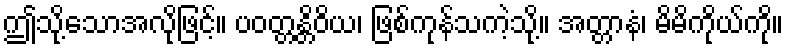
ဤသို့သောအလိုဖြင့်။ ပဝတ္တန္တိဝိယ၊ ဖြစ်ကုန်သကဲ့သို့။ အတ္တာနံ၊ မိမိကိုယ်ကို။